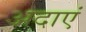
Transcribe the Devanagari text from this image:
अदाएं